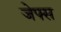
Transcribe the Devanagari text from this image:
जेफ्स